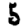
Digit: 5